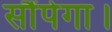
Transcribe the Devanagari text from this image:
सौंपेगा।